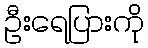
ဦးရေပြားကို